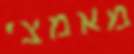
מאמצי